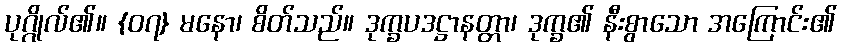
ပုဂ္ဂိုလ်၏။ {၀၇} မနော၊ စိတ်သည်။ ဒုက္ခပဒဋ္ဌာနတ္တာ၊ ဒုက္ခ၏ နီးစွာသော အကြောင်း၏